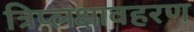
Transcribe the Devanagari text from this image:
त्रिप्लक्षावहरण